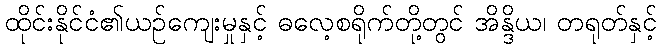
ထိုင်းနိုင်ငံ၏ယဉ်ကျေးမှုနှင့် ဓလေ့စရိုက်တို့တွင် အိန္ဒိယ၊ တရုတ်နှင့်